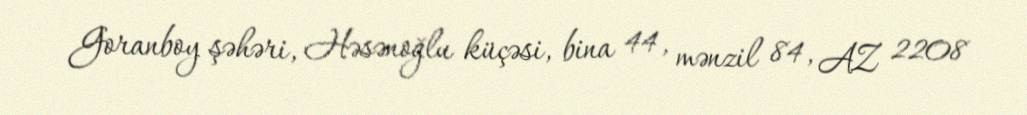
Goranboy şəhəri, Həsənoğlu küçəsi, bina 44, mənzil 84, AZ 2208